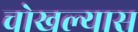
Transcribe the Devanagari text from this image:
चोखल्यास